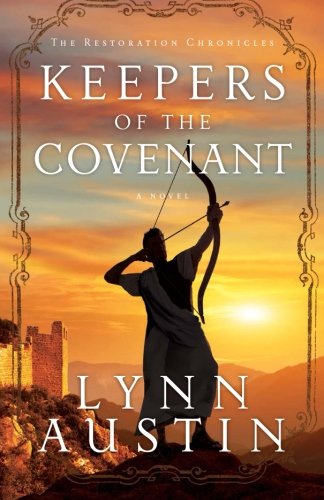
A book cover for Keepers of the Covenant (The Restoration Chronicles) (Volume 2); Lynn Austin; Literature & Fiction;